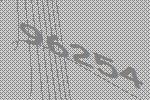
96254